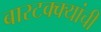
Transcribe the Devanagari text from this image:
बारटक्क्यांची